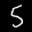
Digit: 5